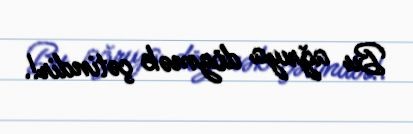
Bu ağrıya dözmək çətindir!.